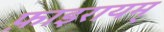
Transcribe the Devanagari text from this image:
फ़ाइरायम्